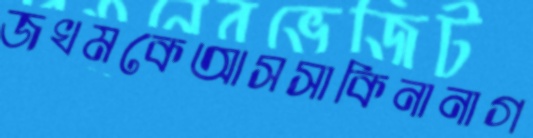
জখমকেআসসাকিনানাগ